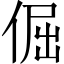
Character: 倔